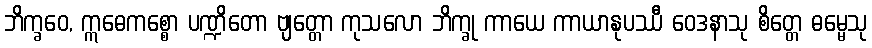
ဘိက္ခဝေ, ဣဓေကစ္စော ပဏ္ဍိတော ဗျတ္တော ကုသလော ဘိက္ခု ကာယေ ကာယာနုပဿီ ဝေဒနာသု စိတ္တေ ဓမ္မေသု